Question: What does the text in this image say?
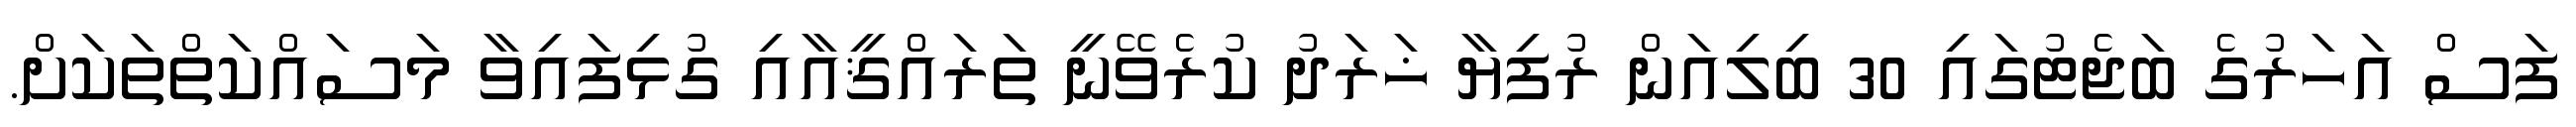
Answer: ފަސް އަހަރުގެ ބަޖެޓުގައި 30 ބިލިއަން ރުފިޔާ ޚަރަދު ކުރެވޭނީ ތަރައްޤީއާއި ގުޅިފައިވާ މަސައްކަތްތަކަށް.